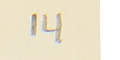
14